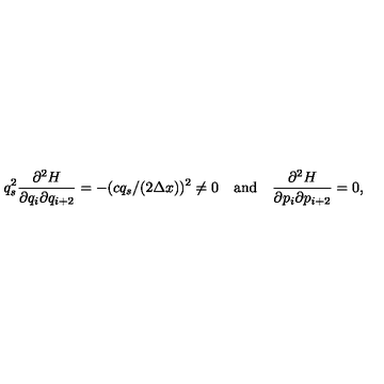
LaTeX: q _ { s } ^ { 2 } { \frac { \partial ^ { 2 } H } { \partial q _ { i } \partial q _ { i + 2 } } } = - ( c q _ { s } / ( 2 \Delta x ) ) ^ { 2 } \neq 0 \quad \mathrm { a n d } \quad { \frac { \partial ^ { 2 } H } { \partial p _ { i } \partial p _ { i + 2 } } } = 0 ,